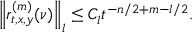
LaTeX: \left\| r _ { t , x , y } ^ { ( m ) } ( \nu ) \right\| _ { l } \le C _ { l } t ^ { - n / 2 + m - l / 2 } .